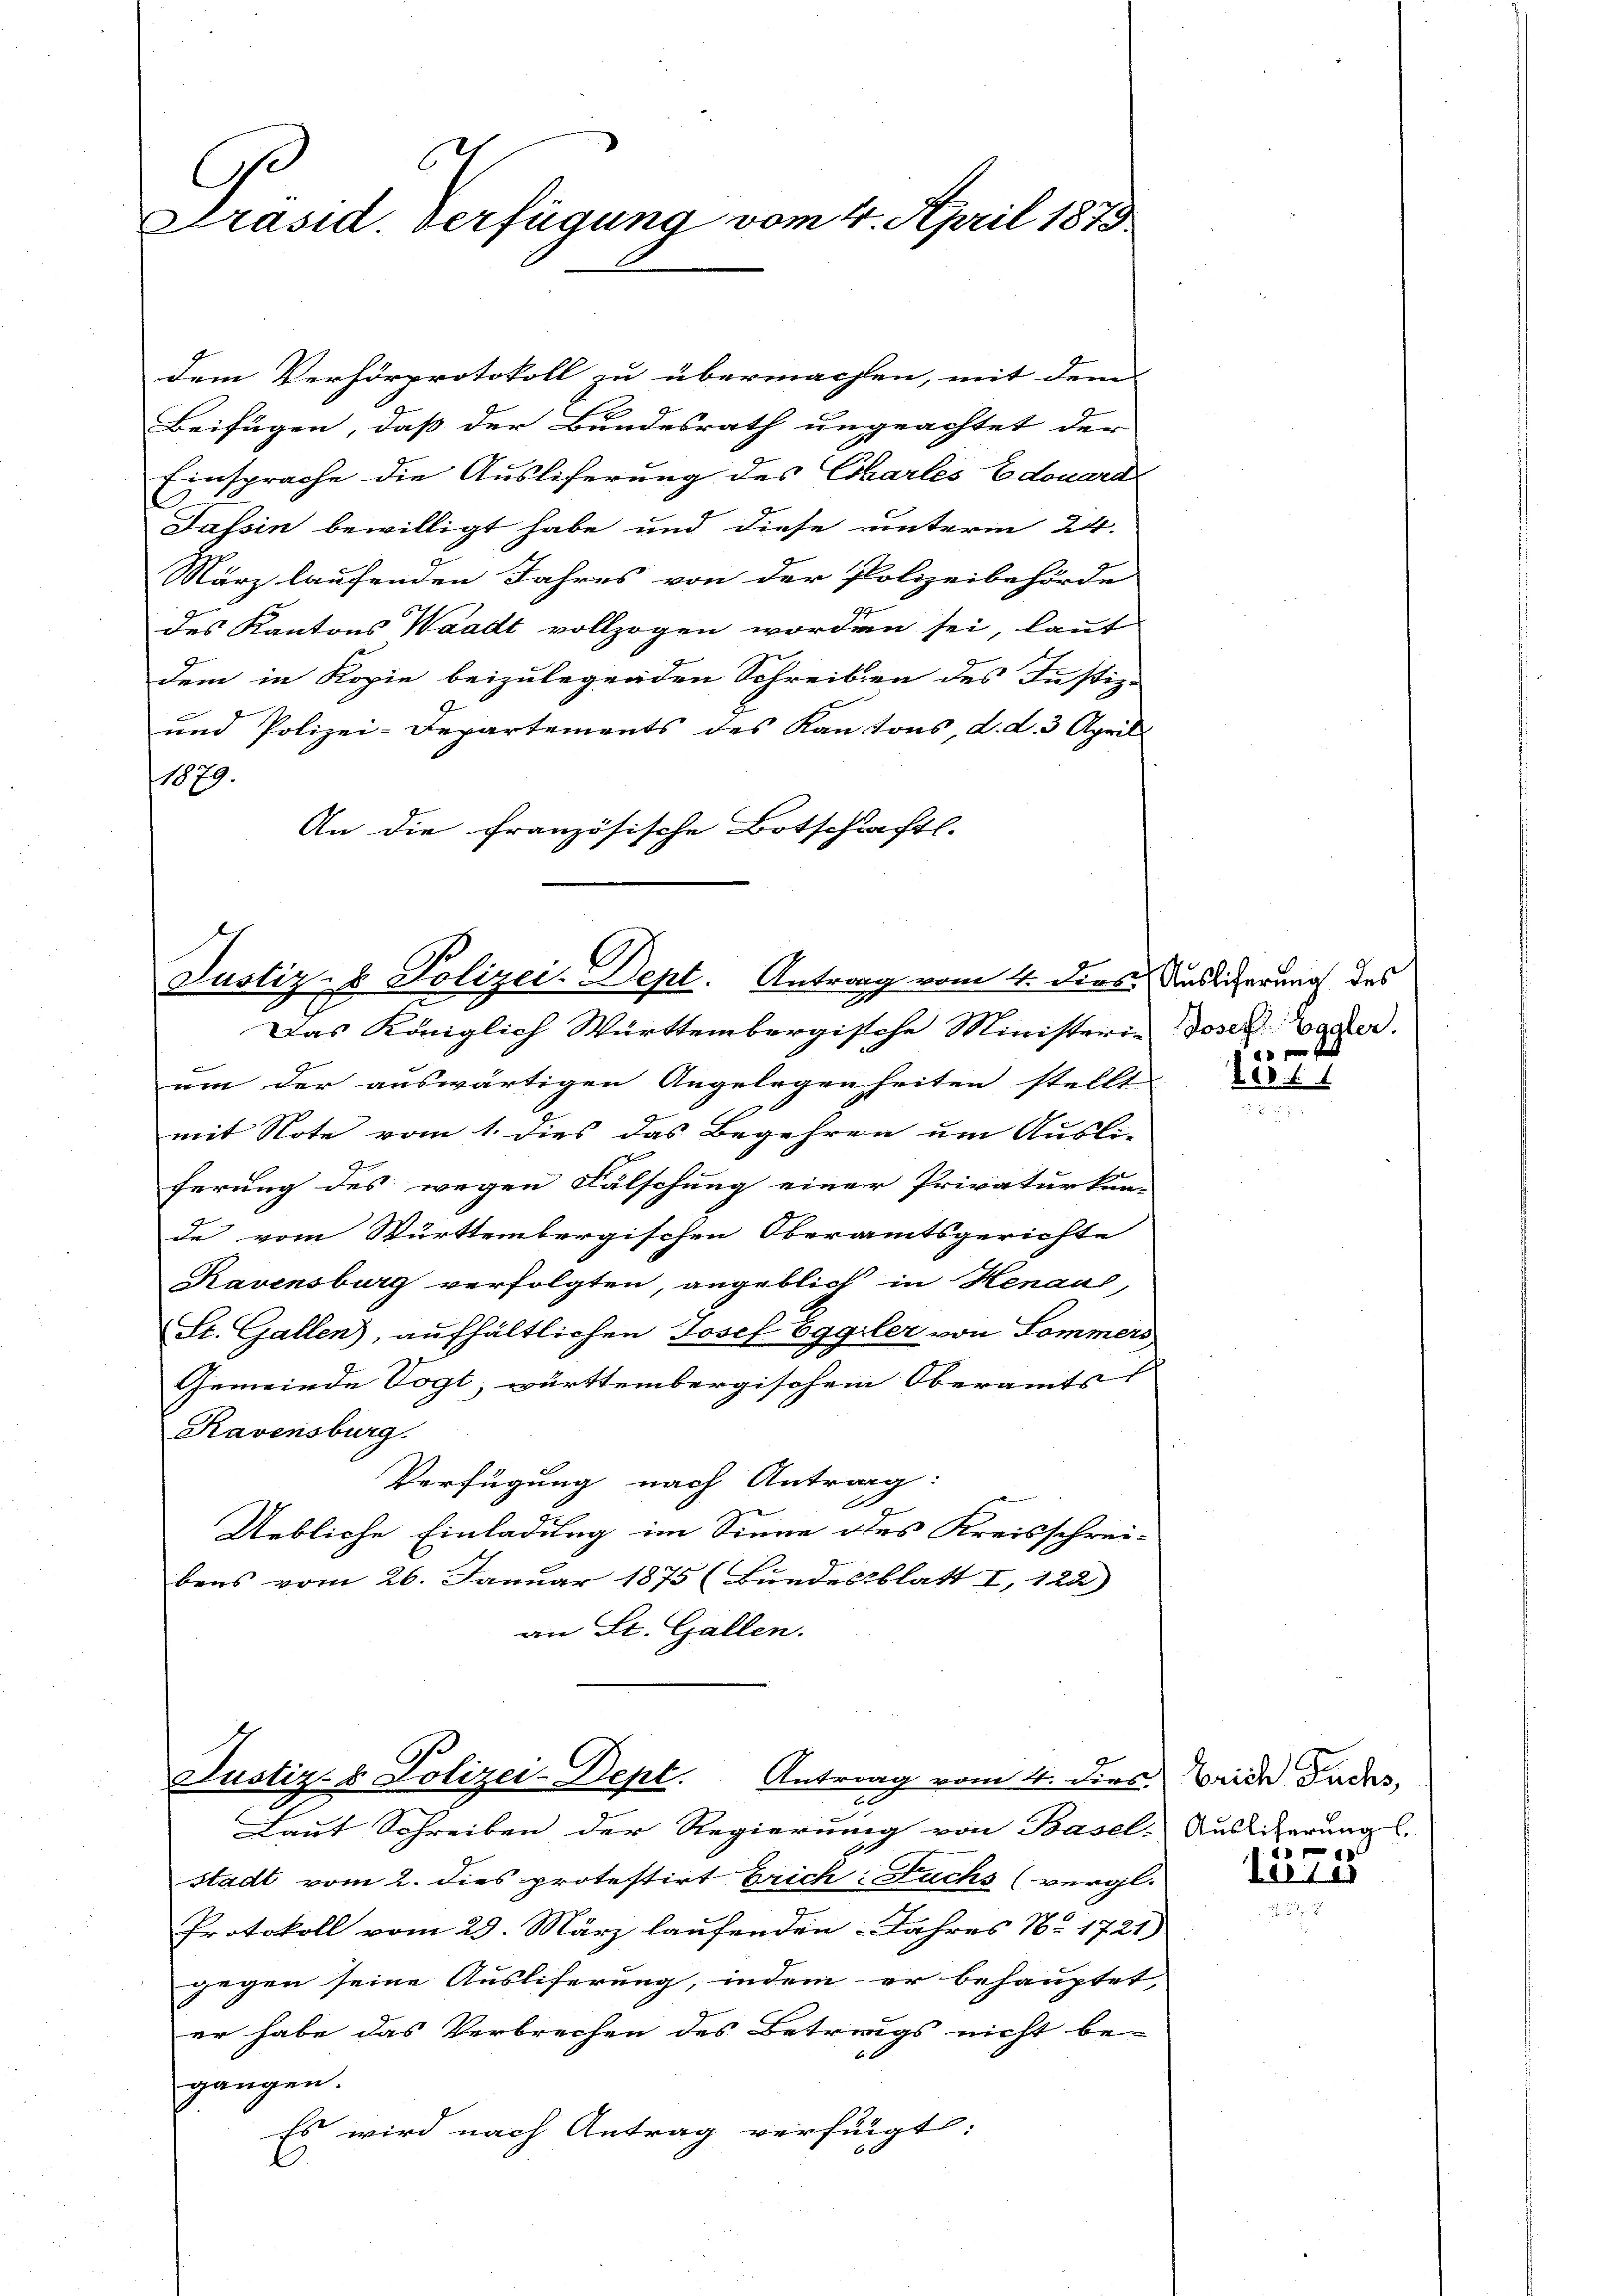
d
C
Präsid. Verfügung vom 4. April 1873

dem Verhörprotokoll zu übermachen, mit dem
Beifügen, daß der Bundesrath ungeachtet der
Einsprache die Ausliferung des Chartes Edouard
Tessin bewilligt habe und diese unterm 24.
März laufenden Jahres von der Polizeibehörde
des Kantons Waadt vollzogen worden sei, laut
dem in Kopie beizulegenden Schreiben des Justiz-
und Polizei-Departements des Kantons, d. d. 3 April
1879.
An die französische Botschäftl.

Justiz- & Polizei-Dept. Antrag vom 4. dies
u
Das Königlich Württembergische Ministerie Doser Lager.

Justiz- & Polizei-Dept.
Antrag vom 4. dies rich Fuchs,
n

um der auswärtigen Angelegenheiten stellt |
mit Note vom 1. dies das Begehren um Ausli-
ferung des wegen Fälschung einer Privaturkun-
de vom Württembergischen Oberamtsgerichte
Ravensburg verfolgten, angeblich in Henaus,
St. Gallen), aufhältlichen Josef Eggler von Sommers,
Gemeinde Vogt, württembergischem Oberamts
Ravensburg.
Verfügung nach Antrag:
Uebliche Einladung im Sinne des Kreisschrei-
bens vom 26. Januar 1875 (Bundesblatt I, 122)
an St. Gallen.

Laut Schreiben der Regierung von Basel- Ausliterung.
stadt vom 2. dies protestirt Erich-Fuchs (vergl.
Protokoll vom 29. März laufenden Jahres No. 1721)
gegen seine Ausliferung, indem er behauptet,
er habe das Verbrechen des Betrags nicht be-
gangen.
Es wird nach Antrag verfügt:

Auslicherung des

157

1

Ler15